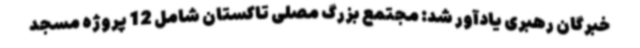
خبرگان رهبری یادآور شد: مجتمع بزرگ مصلی تاکستان شامل 12 پروژه مسجد